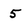
Character: 5